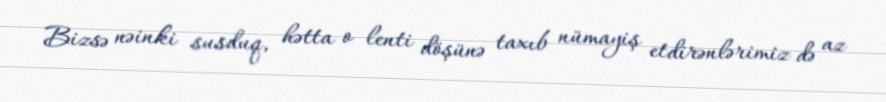
Bizsə nəinki susduq, hətta o lenti döşünə taxıb nümayiş etdirənlərimiz də az